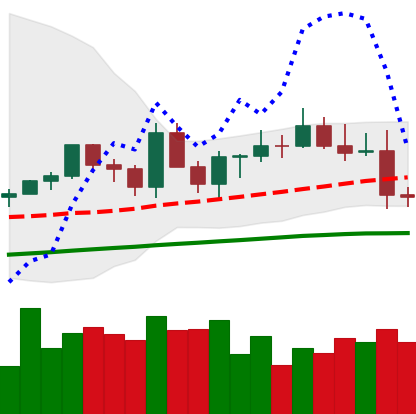
Ticker: EOS-USD
Chart end date: 2021-03-25
Forward return: 17.85%
Label: up_7plus